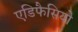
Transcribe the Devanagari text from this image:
एडिफैसियो